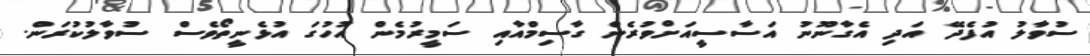
ސުވާލު އުފެދޭ އަދި އެގާނޫނު އަސާސީއަށްވުރެން ގާސިމްއާއި ސަމީރުމެން އުހުގަ އުޅެނީތޯވެސް ސުވާލުކުރަން.